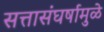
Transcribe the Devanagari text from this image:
सत्तासंघर्षामुळे